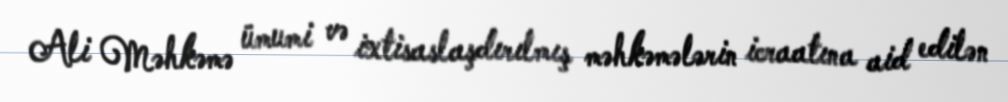
Ali Məhkəmə ümumi və ixtisaslaşdırılmış məhkəmələrin icraatına aid edilən